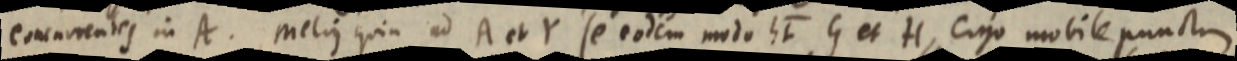
concurrentes in A. Melius quia ad A et Y se eodem modo ht G et H, ergo mobile punctum